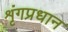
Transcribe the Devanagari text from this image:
शृंगप्रधान